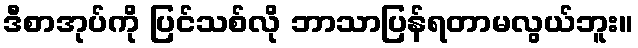
ဒီစာအုပ်ကို ပြင်သစ်လို ဘာသာပြန်ရတာမလွယ်ဘူး။